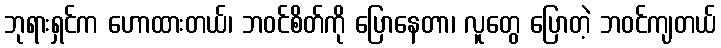
ဘုရားရှင်က ဟောထားတယ်၊ ဘဝင်စိတ်ကို ပြောနေတာ၊ လူတွေ ပြောတဲ့ ဘဝင်ကျတယ်